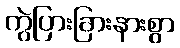
ကွဲပြားခြားနားစွာ